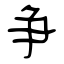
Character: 争